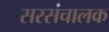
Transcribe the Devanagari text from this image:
सरसंचालक